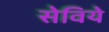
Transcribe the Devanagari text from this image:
सेविये